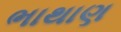
ભાથાણ